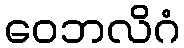
ဝေဘလိဂံ